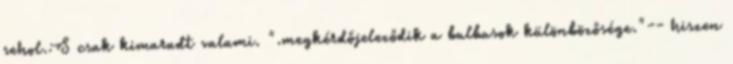
sehol.:S csak kimaradt valami. ".megkérdőjeleződik a bulbusok különbözősége."-- hiszen